Lunatic asylums Central Provinces reports 1895-1909 - 1895-1909
Year: 1895
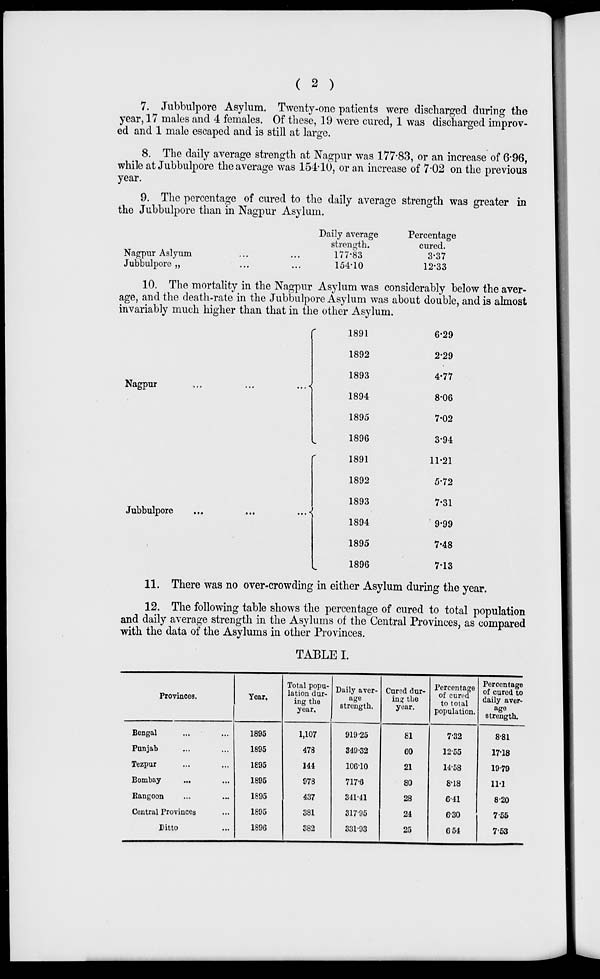
( 2 )
7. Jubbulpore Asylum. Twenty-one patients were discharged during the
year, 17 males and 4 females. Of these, 19 were cured, 1 was discharged improv-
ed and 1 male escaped and is still at large.
8. The daily average strength at Nagpur was 177.83, or an increase of 6.96,
while at Jubbulpore the average was 154.10, or an increase of 7.02 on the previous
year.
9. The percentage of cured to the daily average strength was greater in
the Jubbulpore than in Nagpur Asylum.
Nagpur Aslyum ... ...
Jubbulpore „ ... ...
Daily average
strength.
177.83
154.10
Percentage
cured.
3.37
12.33
10. The mortality in the Nagpur Asylum was considerably below the aver-
age, and the death-rate in the Jubbulpore Asylum was about double, and is almost
invariably much higher than that in the other Asylum.
Nagpur
...
...
...
Jubbulpore
...
...
...
1891
1892
1893
1894
1895
1896
1891
1892
1893
1894
1895
1896
6.29
2.29
4.77
8.06
7.02
3.94
11.21
5.72
7.31
9.99
7.48
7.13
11. There was no over-crowding in either Asylum during the year.
12. The following table shows the percentage of cured to total population
and daily average strength in the Asylums of the Central Provinces, as compared
with the data of the Asylums in other Provinces.
TABLE I.
Provinces.
Bengal ... ...
Punjab ... ...
Tezpur ... ...
Bombay ... ...
Rangoon ... ...
Central Provinces ...
Ditto ...
Year.
1895
1895
1895
1895
1895
1895
1896
Total popu-
lation dur-
ing the
year.
1,107
478
144
978
437
381
382
Daily aver-
age
strength.
919.25
349.32
106.10
717.6
341.41
317.95
331.93
Cured dur-
ing the
year.
81
60
21
80
28
24
25
Percentage
of cured
to total
population.
7.32
12.55
14.58
8.18
6.41
6.30
6.54
Percentage
of cured to
daily aver-
age
strength.
8.81
17.18
19.79
11.1
8.20
7.55
7.53